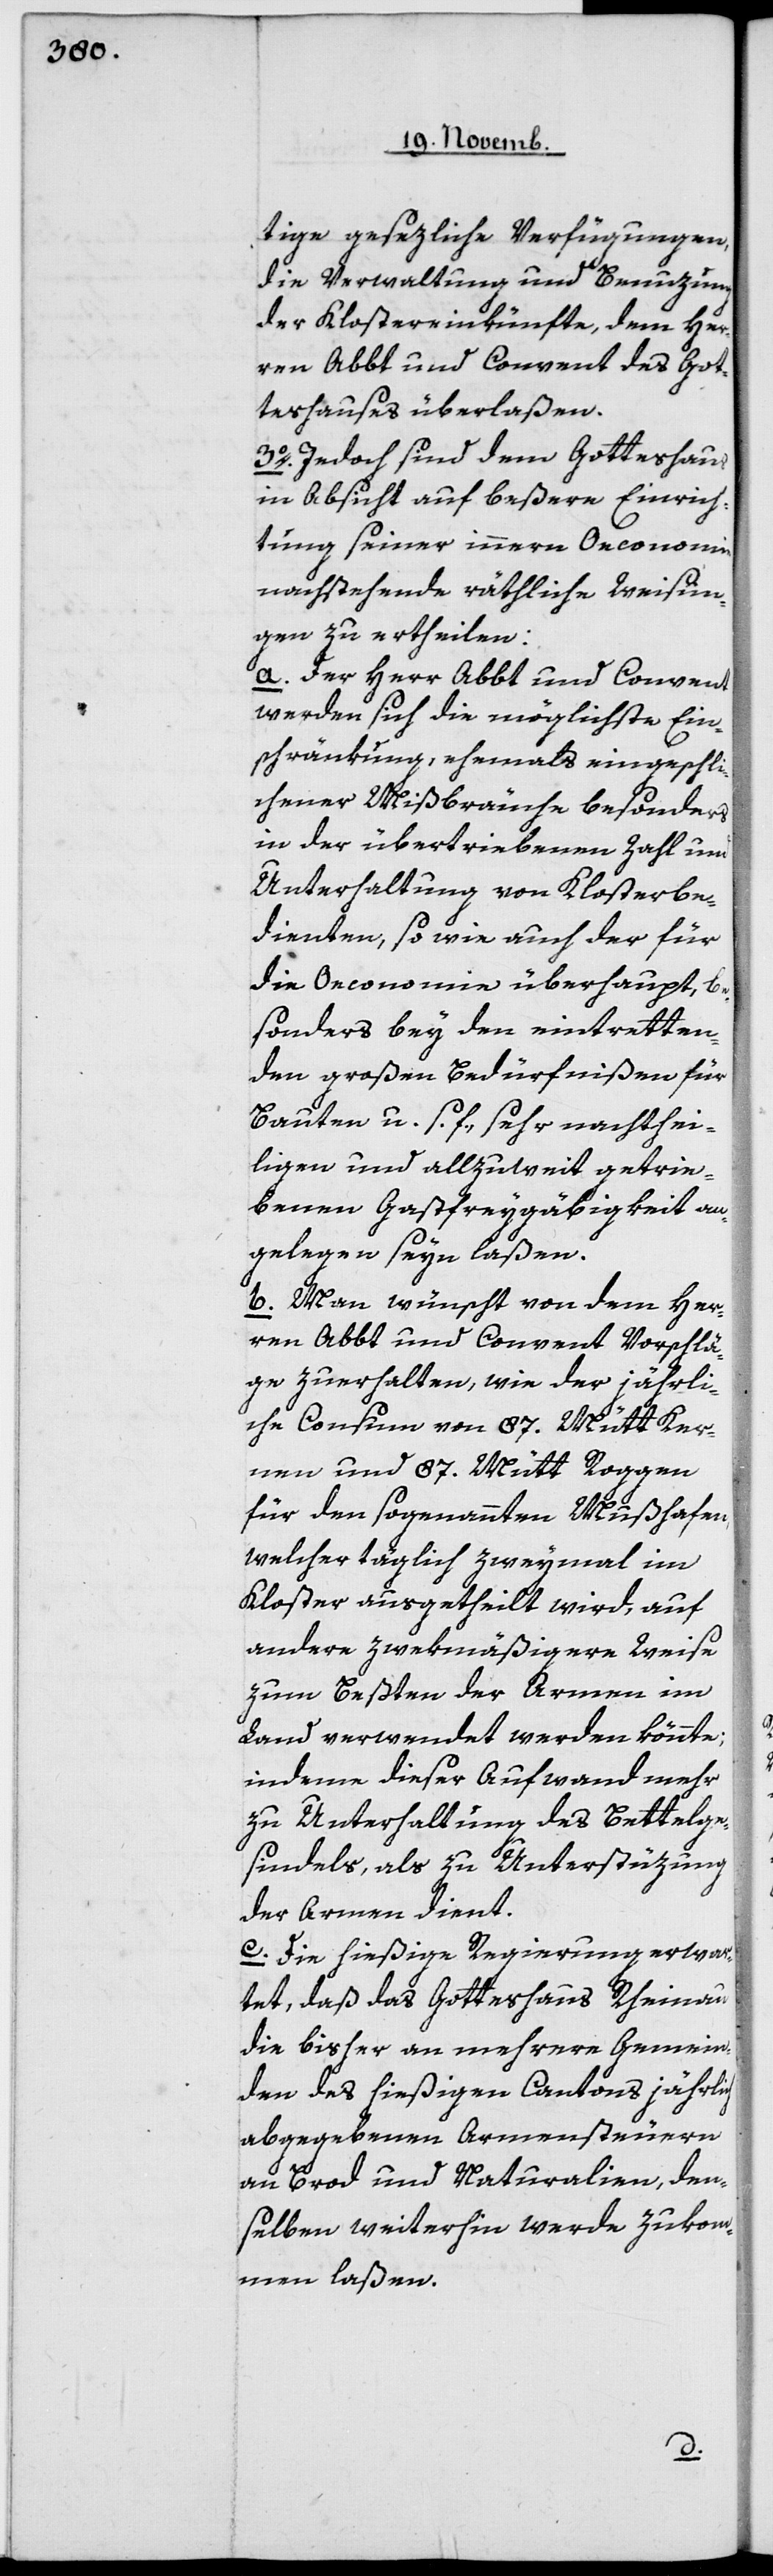
tige gesezliche Verfügungen,
die Verwaltung und Benuzung
der Klostereinkünfte dem Her¬
ren Abbt und Convent des Got¬
teshauses überlaßen.
3o Jedoch sind dem Gotteshaus
in Absicht auf beßere Einrich¬
tung seiner innern Oeconomie
nachstehende räthliche Weisun¬
gen zu ertheilen:
a. Der Herr Abbt und Convent
werden sich die möglichste Ein¬
schränkung, ehemals eingeschli¬
chener Mißbräuche besonders
in der übertriebenen Zahl und
Unterhaltung von Klosterbe¬
dienten, so wie auch der für
die Oeconomie überhaupt, be¬
sonders bey den eintretten¬
den großen Bedürfnißen für
Bauten u.s.f. sehr nachthei¬
ligen und allzuweit getrie¬
benen Gastfreygäbigkeit an¬
gelegen seyn laßen.
b. Man wünscht von dem Her¬
ren Abbt und Convent Vorschä¬
ge zu erhalten, wie der jährli¬
che Consum von 87 Mütt Ker¬
nen und 87 Mütt Roggen
für den sogenannten Mußhafen,
welcher täglich zweymal im
Kloster ausgetheilt wird, auf
andere zweckmäßigere Weise
zum Beßten der Armen im
Land verwendet werden könnte;
indeme dieser Aufwand mehr
zu Unterhaltung des Bettelge¬
sindels als zur Unterstüzung
der Armen dient.
c. Die hießige Regierung erwar¬
tet, daß das Gotteshaus Rheinau
die bisher an mehrere Gemein¬
den des hießigen Cantons jährlich
abgegebenen Armensteuern
an Brod und Naturalien, den¬
selben weiterhin werde zukom¬
men laßen.